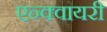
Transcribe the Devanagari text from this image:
एन्क्वायरी